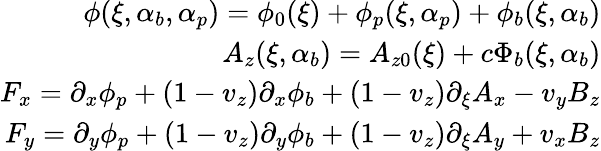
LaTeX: \begin{array}{r}{\phi(\xi,\alpha_{b},\alpha_{p})=\phi_{0}(\xi)+\phi_{p}(\xi,\alpha_{p})+\phi_{b}(\xi,\alpha_{b})}\\ {A_{z}(\xi,\alpha_{b})=A_{z0}(\xi)+c\Phi_{b}(\xi,\alpha_{b})}\\ {F_{x}=\partial_{x}\phi_{p}+(1-v_{z})\partial_{x}\phi_{b}+(1-v_{z})\partial_{\xi}A_{x}-v_{y}B_{z}}\\ {F_{y}=\partial_{y}\phi_{p}+(1-v_{z})\partial_{y}\phi_{b}+(1-v_{z})\partial_{\xi}A_{y}+v_{x}B_{z}}\end{array}